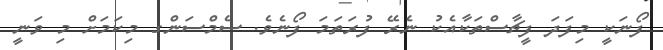
ފޯނަކީ މިފަދަ ފީޗާސްތަކާއެކު ނެރޭ ފުރަތަމަ ފޯނެވެ. ސެމްސަންގ މިކަމަށް މި ވަނީ